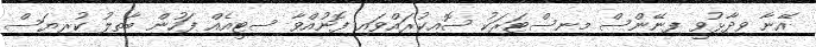
އޭނާ ވިދާޅުވީ ފިނޭންސް މިނިސްޓަރަކު ސޮއިކުރައްވައި ފޮނުއްވާ ސިޓީއެއް ފަހުން ބާތިލު ކުރިޔަސް